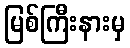
မြစ်ကြီးနားမှ